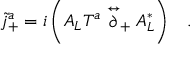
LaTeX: \tilde { j } _ { + } ^ { a } = i \left( A _ { L } T ^ { a } \stackrel { \leftrightarrow } { \partial } _ { + } A _ { L } ^ { * } \right) \; \; \; .